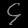
Digit: ၄